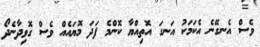
ވެސް އެނގޭނެ އެކަމަކު އަނގަ އޮތިއްޔާ ކޮންމެ ފަދަ މޮޔައެއް ވެސް ގޮވިދާނެދޯ